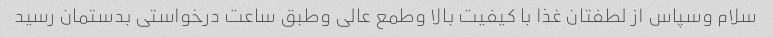
سلام وسپاس از لطفتان غذا با کیفیت بالا وطمع عالی وطبق ساعت درخواستی بدستمان رسید